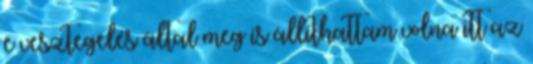
e vesztegelés által meg is állíthattam volna itt az